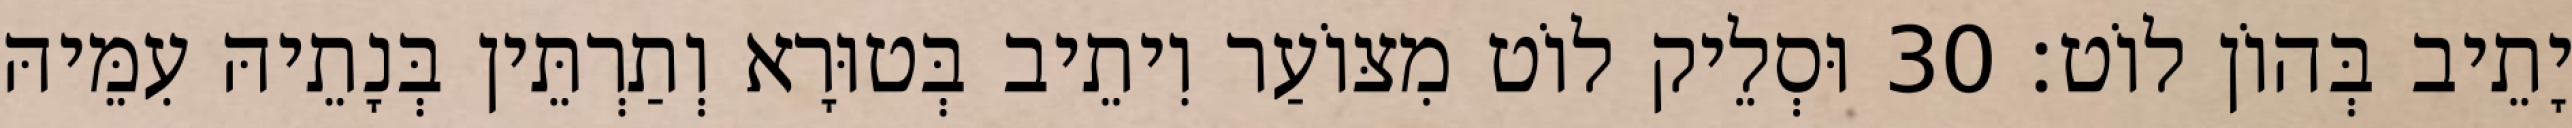
יָתֵיב בְּהוֹן לוֹט׃ 30 וּסְלֵיק לוֹט מִצּוֹעַר וִיתֵיב בְּטוּרָא וְתַרְתֵּין בְּנָתֵיהּ עִמֵּיהּ